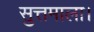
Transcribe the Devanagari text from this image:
सुत्तमाला।